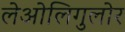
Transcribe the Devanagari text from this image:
लेओलिगुलोर